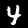
Digit: 4